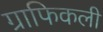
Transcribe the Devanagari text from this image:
ग्राफिकली